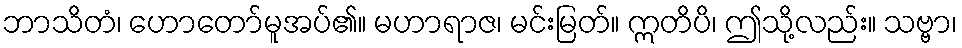
ဘာသိတံ၊ ဟောတော်မူအပ်၏။ မဟာရာဇ၊ မင်းမြတ်။ ဣတိပိ၊ ဤသို့လည်း။ သဗ္ဗာ၊